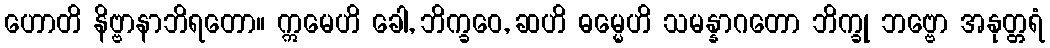
ဟောတိ နိဗ္ဗာနာဘိရတော။ ဣမေဟိ ခေါ, ဘိက္ခဝေ, ဆဟိ ဓမ္မေဟိ သမန္နာဂတော ဘိက္ခု ဘဗ္ဗော အနုတ္တရံ